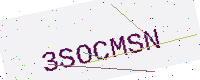
Text: 3SOCMSN